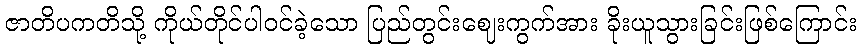
ဇာတိပကတိသို့ ကိုယ်တိုင်ပါဝင်ခဲ့သော ပြည်တွင်းဈေးကွက်အား ခိုးယူသွားခြင်းဖြစ်ကြောင်း